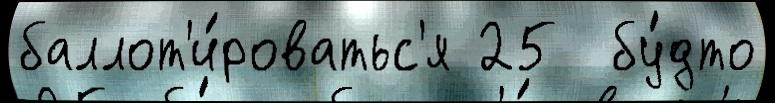
баллот'и́роватьс'я 25  бу́дто